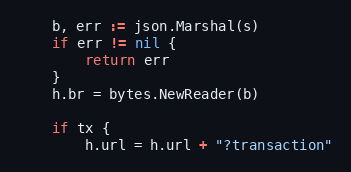
Language: Go
	b, err := json.Marshal(s)
	if err != nil {
		return err
	}
	h.br = bytes.NewReader(b)

	if tx {
		h.url = h.url + "?transaction"